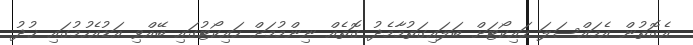
އެގޮތުން އެމައްސަލަ ހައިކޯޓަށް ބަލައިގަތުމާމެދު ގޮތެއް ނިންމުމަށް ހައިކޯޓުގައި ބޭއްވި އަޑުއެހުމުގައި ޚުދު